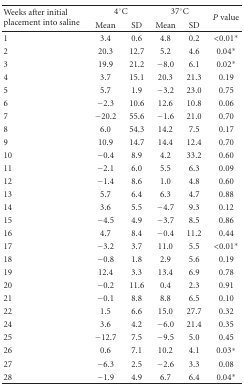
<table><thead><tr><td rowspan="2"><b>Weeks after initial placement into saline</b></td><td colspan="2"><b>4<sup>°</sup>C</b></td><td colspan="2"><b>37<sup>°</sup>C</b></td><td rowspan="2"><b><i>P</i> value</b></td></tr><tr><td><b>Mean</b></td><td><b>SD</b></td><td><b>Mean</b></td><td><b>SD</b></td></tr></thead><tbody><tr><td>1</td><td>3.4</td><td>0.6</td><td>4.8</td><td>0.2</td><td>&lt;0.01<sup>∗</sup></td></tr><tr><td>2</td><td>20.3</td><td>12.7</td><td>5.2</td><td>4.6</td><td>0.04<sup>∗</sup></td></tr><tr><td>3</td><td>19.9</td><td>21.2</td><td>−8.0</td><td>6.1</td><td>0.02<sup>∗</sup></td></tr><tr><td>4</td><td>3.7</td><td>15.1</td><td>20.3</td><td>21.3</td><td>0.19</td></tr><tr><td>5</td><td>5.7</td><td>1.9</td><td>−3.2</td><td>23.0</td><td>0.75</td></tr><tr><td>6</td><td>−2.3</td><td>10.6</td><td>12.6</td><td>10.8</td><td>0.06</td></tr><tr><td>7</td><td>−20.2</td><td>55.6</td><td>−1.6</td><td>21.0</td><td>0.70</td></tr><tr><td>8</td><td>6.0</td><td>54.3</td><td>14.2</td><td>7.5</td><td>0.17</td></tr><tr><td>9</td><td>10.9</td><td>14.7</td><td>14.4</td><td>12.4</td><td>0.70</td></tr><tr><td>10</td><td>−0.4</td><td>8.9</td><td>4.2</td><td>33.2</td><td>0.60</td></tr><tr><td>11</td><td>−2.1</td><td>6.0</td><td>5.5</td><td>6.3</td><td>0.09</td></tr><tr><td>12</td><td>−1.4</td><td>8.6</td><td>1.0</td><td>4.8</td><td>0.60</td></tr><tr><td>13</td><td>5.7</td><td>6.4</td><td>6.3</td><td>4.7</td><td>0.88</td></tr><tr><td>14</td><td>3.6</td><td>5.5</td><td>−4.7</td><td>9.3</td><td>0.12</td></tr><tr><td>15</td><td>−4.5</td><td>4.9</td><td>−3.7</td><td>8.5</td><td>0.86</td></tr><tr><td>16</td><td>4.7</td><td>8.4</td><td>−0.4</td><td>11.2</td><td>0.44</td></tr><tr><td>17</td><td>−3.2</td><td>3.7</td><td>11.0</td><td>5.5</td><td>&lt;0.01<sup>∗</sup></td></tr><tr><td>18</td><td>−0.8</td><td>1.8</td><td>2.9</td><td>5.6</td><td>0.19</td></tr><tr><td>19</td><td>12.4</td><td>3.3</td><td>13.4</td><td>6.9</td><td>0.78</td></tr><tr><td>20</td><td>−0.2</td><td>11.6</td><td>0.4</td><td>2.3</td><td>0.91</td></tr><tr><td>21</td><td>−0.1</td><td>8.8</td><td>8.8</td><td>6.5</td><td>0.10</td></tr><tr><td>22</td><td>1.5</td><td>6.6</td><td>15.0</td><td>27.7</td><td>0.32</td></tr><tr><td>24</td><td>3.6</td><td>4.2</td><td>−6.0</td><td>21.4</td><td>0.35</td></tr><tr><td>25</td><td>−12.7</td><td>7.5</td><td>−9.5</td><td>5.0</td><td>0.45</td></tr><tr><td>26</td><td>0.6</td><td>7.1</td><td>10.2</td><td>4.1</td><td>0.03<sup>∗</sup></td></tr><tr><td>27</td><td>−6.3</td><td>2.5</td><td>−2.6</td><td>3.3</td><td>0.08</td></tr><tr><td>28</td><td>−1.9</td><td>4.9</td><td>6.7</td><td>6.4</td><td>0.04<sup>∗</sup></td></tr></tbody></table>